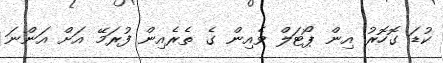
ކުޑަ ގޮހޮރު އިން ޕޯޓަލް ވެއިން ގެ ތެރެއިން ފުރަމޭ އަށް އަންނަ